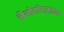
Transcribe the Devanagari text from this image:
नैनोहॉराइज़न्स